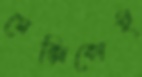
মেক্সিকোই